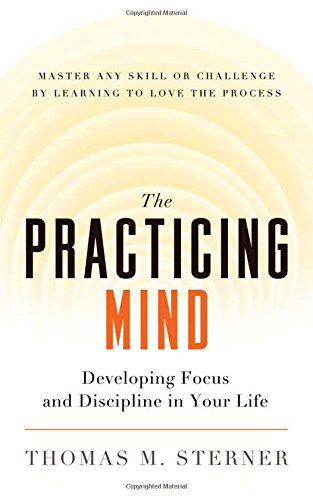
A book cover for The Practicing Mind: Developing Focus and Discipline in Your Life EE Master Any Skill or Challenge by Learning to Love the Process; Thomas M. Sterner; Education & Teaching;